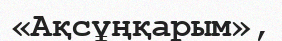
«Ақсұңқарым»,